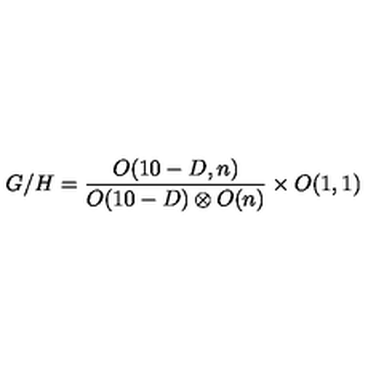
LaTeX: G / H = { \frac { O ( 1 0 - D , n ) } { O ( 1 0 - D ) \otimes O ( n ) } } \times O ( 1 , 1 )